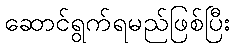
ဆောင်ရွက်ရမည်ဖြစ်ပြီး